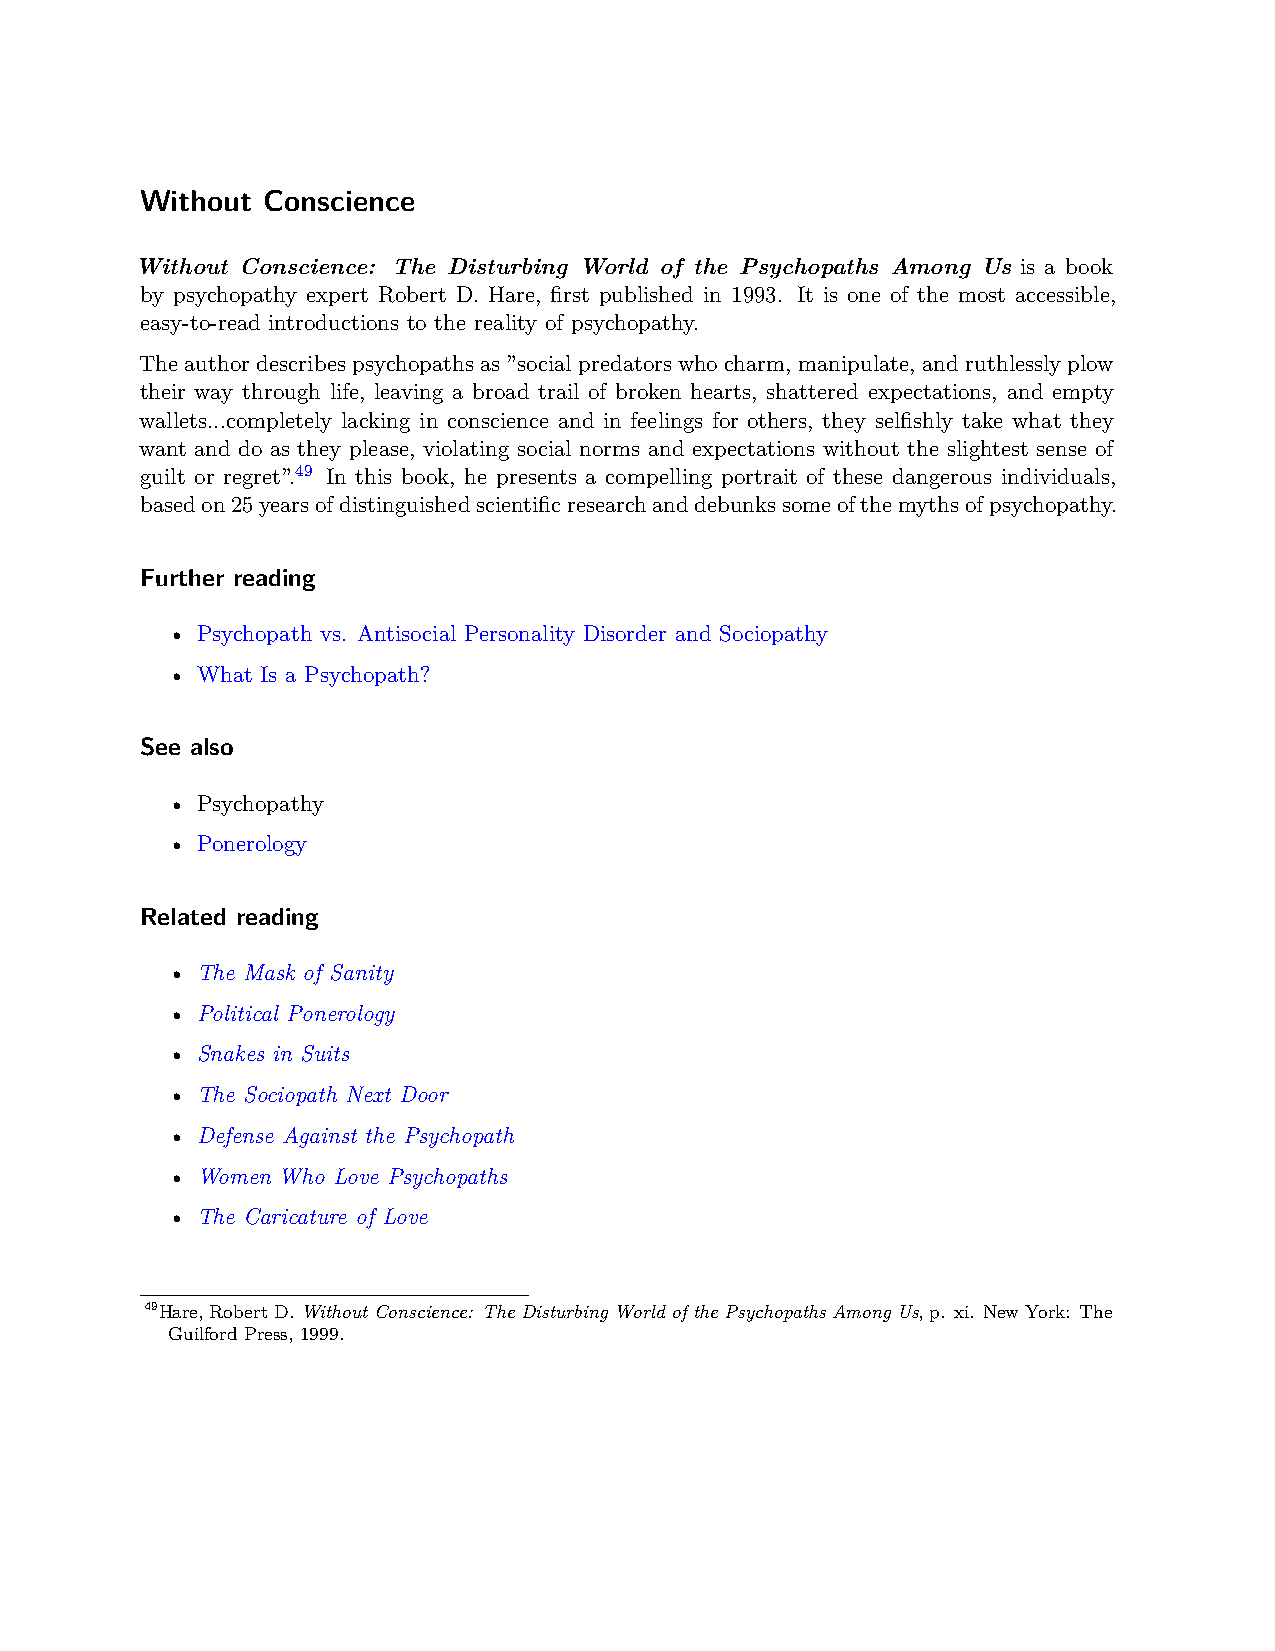
Without Conscience
 Without Conscience: The Disturbing World of the Psychopaths Among Us is a book
 by psychopathy expert Robert D. Hare, first published in 1993. It is one of the most accessible,
 easy-to-read introductions to the reality of psychopathy.
 Theauthordescribespsychopathsas”socialpredatorswhocharm, manipulate, andruthlesslyplow
 their way through life, leaving a broad trail of broken hearts, shattered expectations, and empty
 wallets...completely lacking in conscience and in feelings for others, they selfishly take what they
 want and do as they please, violating social norms and expectations without the slightest sense of
 guilt or regret”.49 In this book, he presents a compelling portrait of these dangerous individuals,
 basedon25yearsofdistinguishedscientificresearchanddebunkssomeofthemythsofpsychopathy.
 Further reading
 • Psychopath vs. Antisocial Personality Disorder and Sociopathy
 • What Is a Psychopath?
 See also
 • Psychopathy
 • Ponerology
 Related reading
 • The Mask of Sanity
 • Political Ponerology
 • Snakes in Suits
 • The Sociopath Next Door
 • Defense Against the Psychopath
 • Women Who Love Psychopaths
 • The Caricature of Love
 49Hare,RobertD.Without Conscience: The Disturbing World of the Psychopaths Among Us,p. xi. NewYork: The
 Guilford Press, 1999.